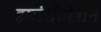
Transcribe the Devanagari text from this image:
इमांसीपेशन